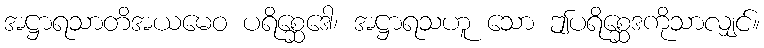
အဋ္ဌာရသာတိအယမေဝ ပရိစ္ဆေဒေါ၊ အဋ္ဌာရသဟူ သော ဤပရိစ္ဆေဒကိုသာလျှင်။